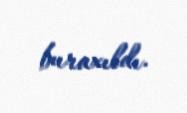
buraxıldı.